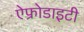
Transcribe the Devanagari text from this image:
ऐफ्रोडाइटी